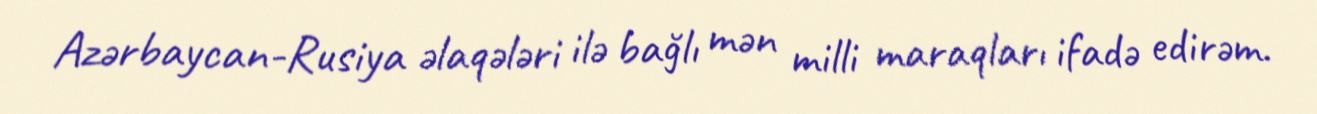
Azərbaycan-Rusiya əlaqələri ilə bağlı mən milli maraqları ifadə edirəm.